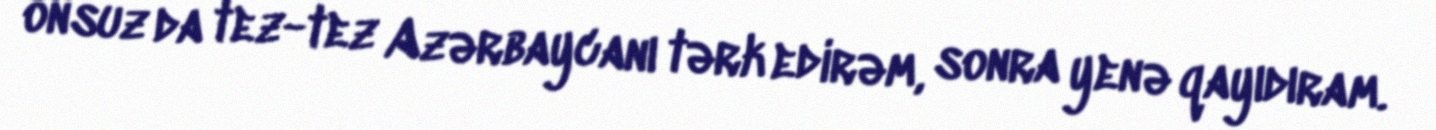
onsuz da tez-tez Azərbaycanı tərk edirəm, sonra yenə qayıdıram.